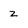
Character: z